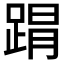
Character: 𮛥